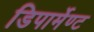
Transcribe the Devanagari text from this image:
डिपार्मेण्ट